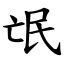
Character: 氓